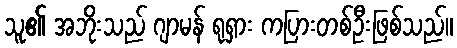
သူ၏ အဘိုးသည် ဂျာမန် ရုရှား ကပြားတစ်ဦးဖြစ်သည်။